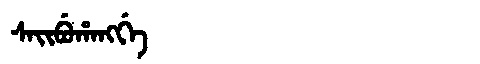
Manchu: ᠰᠠᡳᠪᡠᡥᠠᠩᡤᡝ
Romanization: SAIBUHANGGE